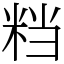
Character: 𥹥